Punjab Mental Hospital Lahore 1932-46 - 1932-1946
Year: 1932
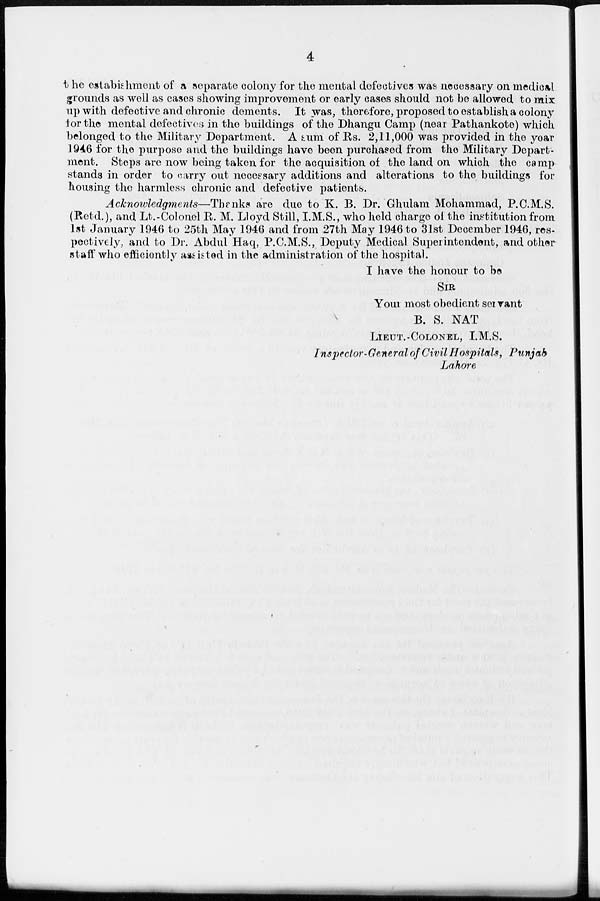
4
the estabishment of a separate colony for the mental defectives was necessary on medical
grounds as well as cases showing improvement or early cases should not be allowed to mix
up with defective and chronic dements. It was, therefore, proposed to establish a colony
for the mental defectives in the buildings of the Dhangu Camp (near Pathankote) which
belonged to the Military Department. A sum of Rs. 2,11,000 was provided in the year
1946 for the purpose and the buildings have been purchased from the Military Depart-
ment. Steps are now being taken for the acquisition of the land on which the camp
stands in order to carry out necessary additions and alterations to the buildings for
housing the harmless chronic and defective patients.
Acknowledgments—Thanks
are due to K. B. Dr. Ghulam Mohammad, P.C.M.S.
(Retd.), and Lt.-Colonel R. M. Lloyd Still, I.M.S., who held charge of the institution from
1st January 1946 to 25th May 1946 and from 27th May 1946 to 31st December 1946, res-
pectively, and to Dr. Abdul Haq, P.C.M.S., Deputy Medical Superintendent, and other
staff who efficiently assisted in the administration of the hospital.
I have the honour to be
SIR
Your most obedient servant
B. S. NAT
LIEUT.-COLONEL, I.M.S.
Inspector-General of Civil Hospitals, Punjab
Lahore